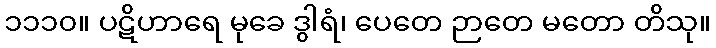
၁၁၁၀။ ပဋိဟာရေ မုခေ ဒွါရံ၊ ပေတေ ဉာတေ မတော တိသု။